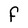
Character: F